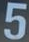
5